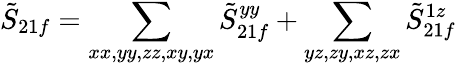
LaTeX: \tilde{S}_{21f}=\sum_{xx,yy,zz,xy,yx}\tilde{S}_{21f}^{yy}+\sum_{yz,zy,xz,zx}\tilde{S}_{21f}^{1z}